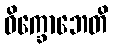
ဝိက္ခောဘေတိ